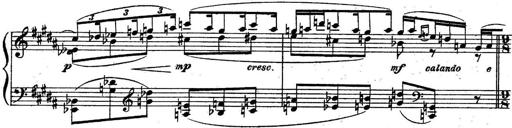
Title: Sonatine
Composer: Adrian Shaposhnikov
Key: E minor